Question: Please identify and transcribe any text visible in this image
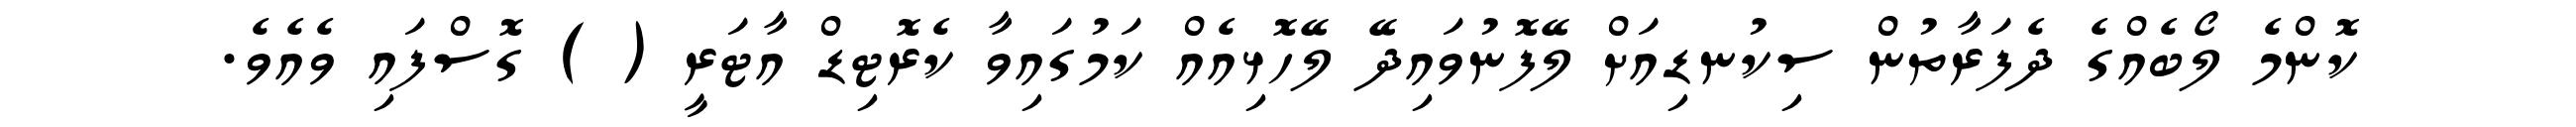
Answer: ކޮންމެ ލޯބެއްގެ ދެފަރާތުން ސިކުނޑިއަށް ލޭފޮނުވައިދޭ ލޭހޮޅިއެއް ކަމުގައިވާ ކެރޮޓިޑް އާޓަރީ ( ) ގޮސްފައި ވެއެވެ.